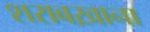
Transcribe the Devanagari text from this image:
शराबख़ाना